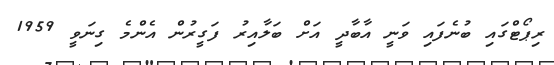
ރިޕޯޓްގައި ބުނެފައި ވަނީ އާބާދީ އަށް ބަލާއިރު ފަގީރުން އެންމެ ގިނަވީ 1959